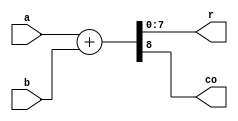
module eight_bit_ADD(

        input  [7:0] a,
        input  [7:0] b,
        output [7:0] r,
        output      co
    );
    
    assign {co,r} = a + b;
endmodule